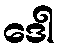
ဒေါ